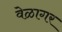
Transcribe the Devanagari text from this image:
वेळागर